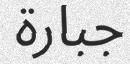
جبارة